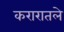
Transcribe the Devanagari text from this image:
करारातले